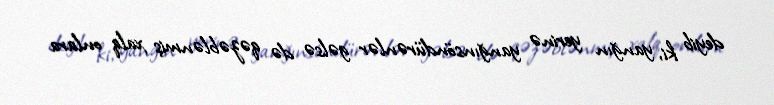
deyib ki, yanğın yerinə yanğınsöndürənlər gəlsə də qəzəblənmiş xalq onlara